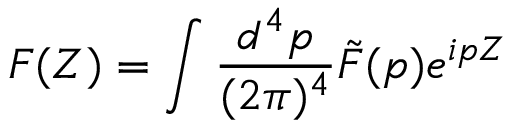
F ( Z ) = \int \frac { d ^ { 4 } p } { ( 2 { \pi } ) ^ { 4 } } \tilde { F } ( p ) e ^ { i p Z }